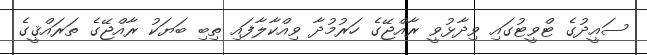
ސައީދުގެ ޓްވީޓުގައި ވިދާޅުވީ ރާއްޖޭގެ ހަރުމުދާ ވިއްކާލާފައި ތިބި ބަޔަކު ރާއްޖޭގެ ތަރައްޤީގެ